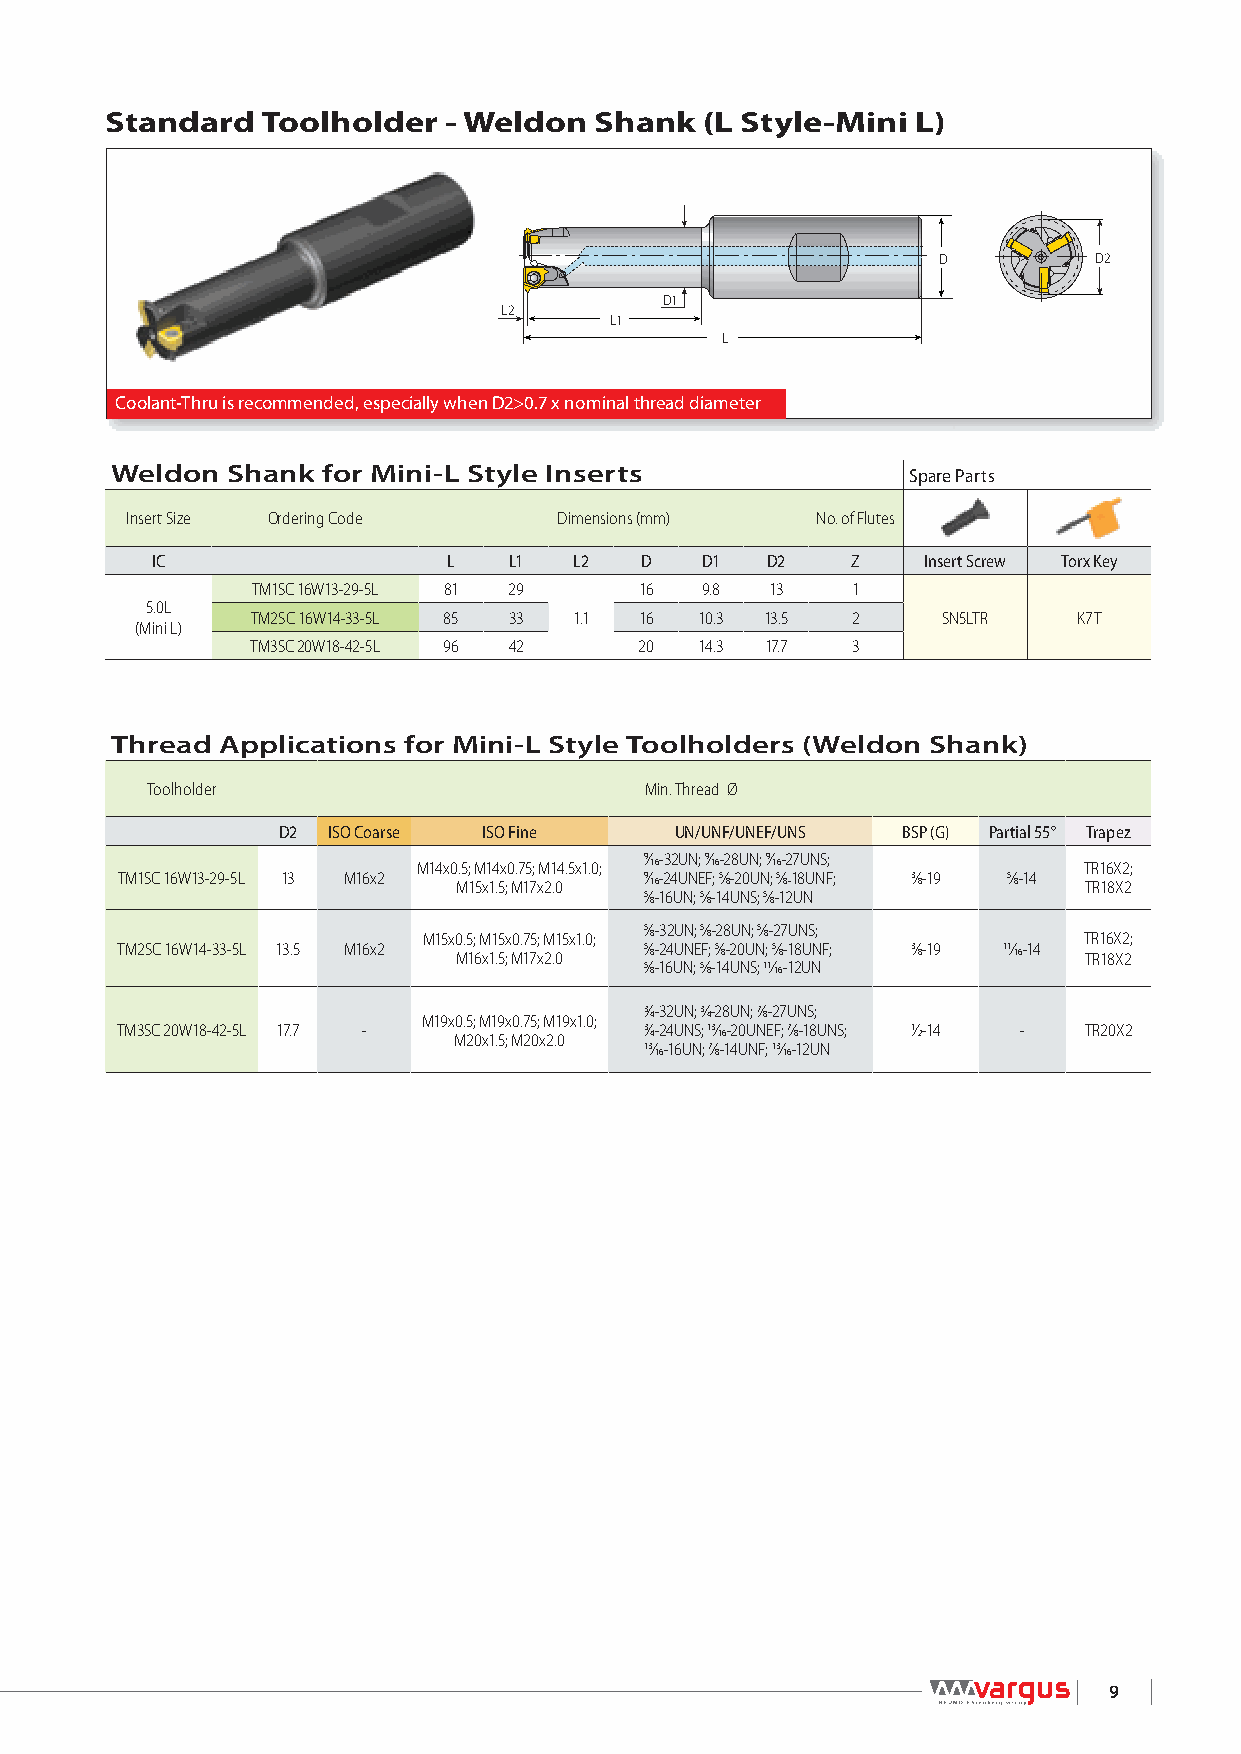
Standard  Toolholder  - Weldon  Shank   (L Style-Mini L)
 D         D2
 D1
 L2
 L1
 L
 Coolant-Thru is recommended, especially when D2>0.7 x nominal thread diameter
 Weldon  Shank for Mini-L Style Inserts               Spare Parts
 Insert Size Ordering Code    Dimensions (mm)  No. of Flutes
 IC                  L   L1  L2  D   D1   D2   Z    Insert Screw Torx Key
 TM1SC 16W13-29-5L 81 29  16  9.8  13   1
 5.0L
 TM2SC 16W14-33-5L 85 33 1.1 16 10.3 13.5 2   SN5LTR   K7T
 (Mini L)
 TM3SC 20W18-42-5L 96 42  20  14.3 17.7 3
 Thread Applications for Mini-L Style Toolholders (Weldon Shank)
 Toolholder                       Min. Thread Ø
 D2  ISO Coarse ISO Fine    UN/UNF/UNEF/UNS BSP (G) Partial 55° Trapez
 M14x0.5; M14x0.75; M14.5x1.0;
 9⁄16-32UN; 9⁄16-28UN; 9⁄16-27UNS;
 TR16X2;
 TM1SC 16W13-29-5L 13 M16x2
 M15x1.5; M17x2.0
 9⁄16-24UNEF; 5⁄8-20UN; 5⁄8-18UNF; 3⁄8-19 5⁄8-14
 TR18X2
 5⁄8-16UN; 5⁄8-14UNS; 5⁄8-12UN
 M15x0.5; M15x0.75; M15x1.0;
 5⁄8-32UN; 5⁄8-28UN; 5⁄8-27UNS;
 TR16X2;
 TM2SC 16W14-33-5L 13.5 M16x2
 M16x1.5; M17x2.0
 5⁄8-24UNEF; 5⁄8-20UN; 5⁄8-18UNF; 3⁄8-19 11⁄16-14
 TR18X2
 5⁄8-16UN; 5⁄8-14UNS; 11⁄16-12UN
 M19x0.5; M19x0.75; M19x1.0;
 3⁄4-32UN; 3⁄4-28UN; 7⁄8-27UNS;
 TM3SC 20W18-42-5L 17.7 -
 M20x1.5; M20x2.0
 3⁄4-24UNS; 13⁄16-20UNEF; 7⁄8-18UNS; 1⁄2-14 - TR20X2
 13⁄16-16UN; 7⁄8-14UNF; 13⁄16-12UN
 9